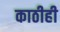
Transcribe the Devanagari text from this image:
काठीही